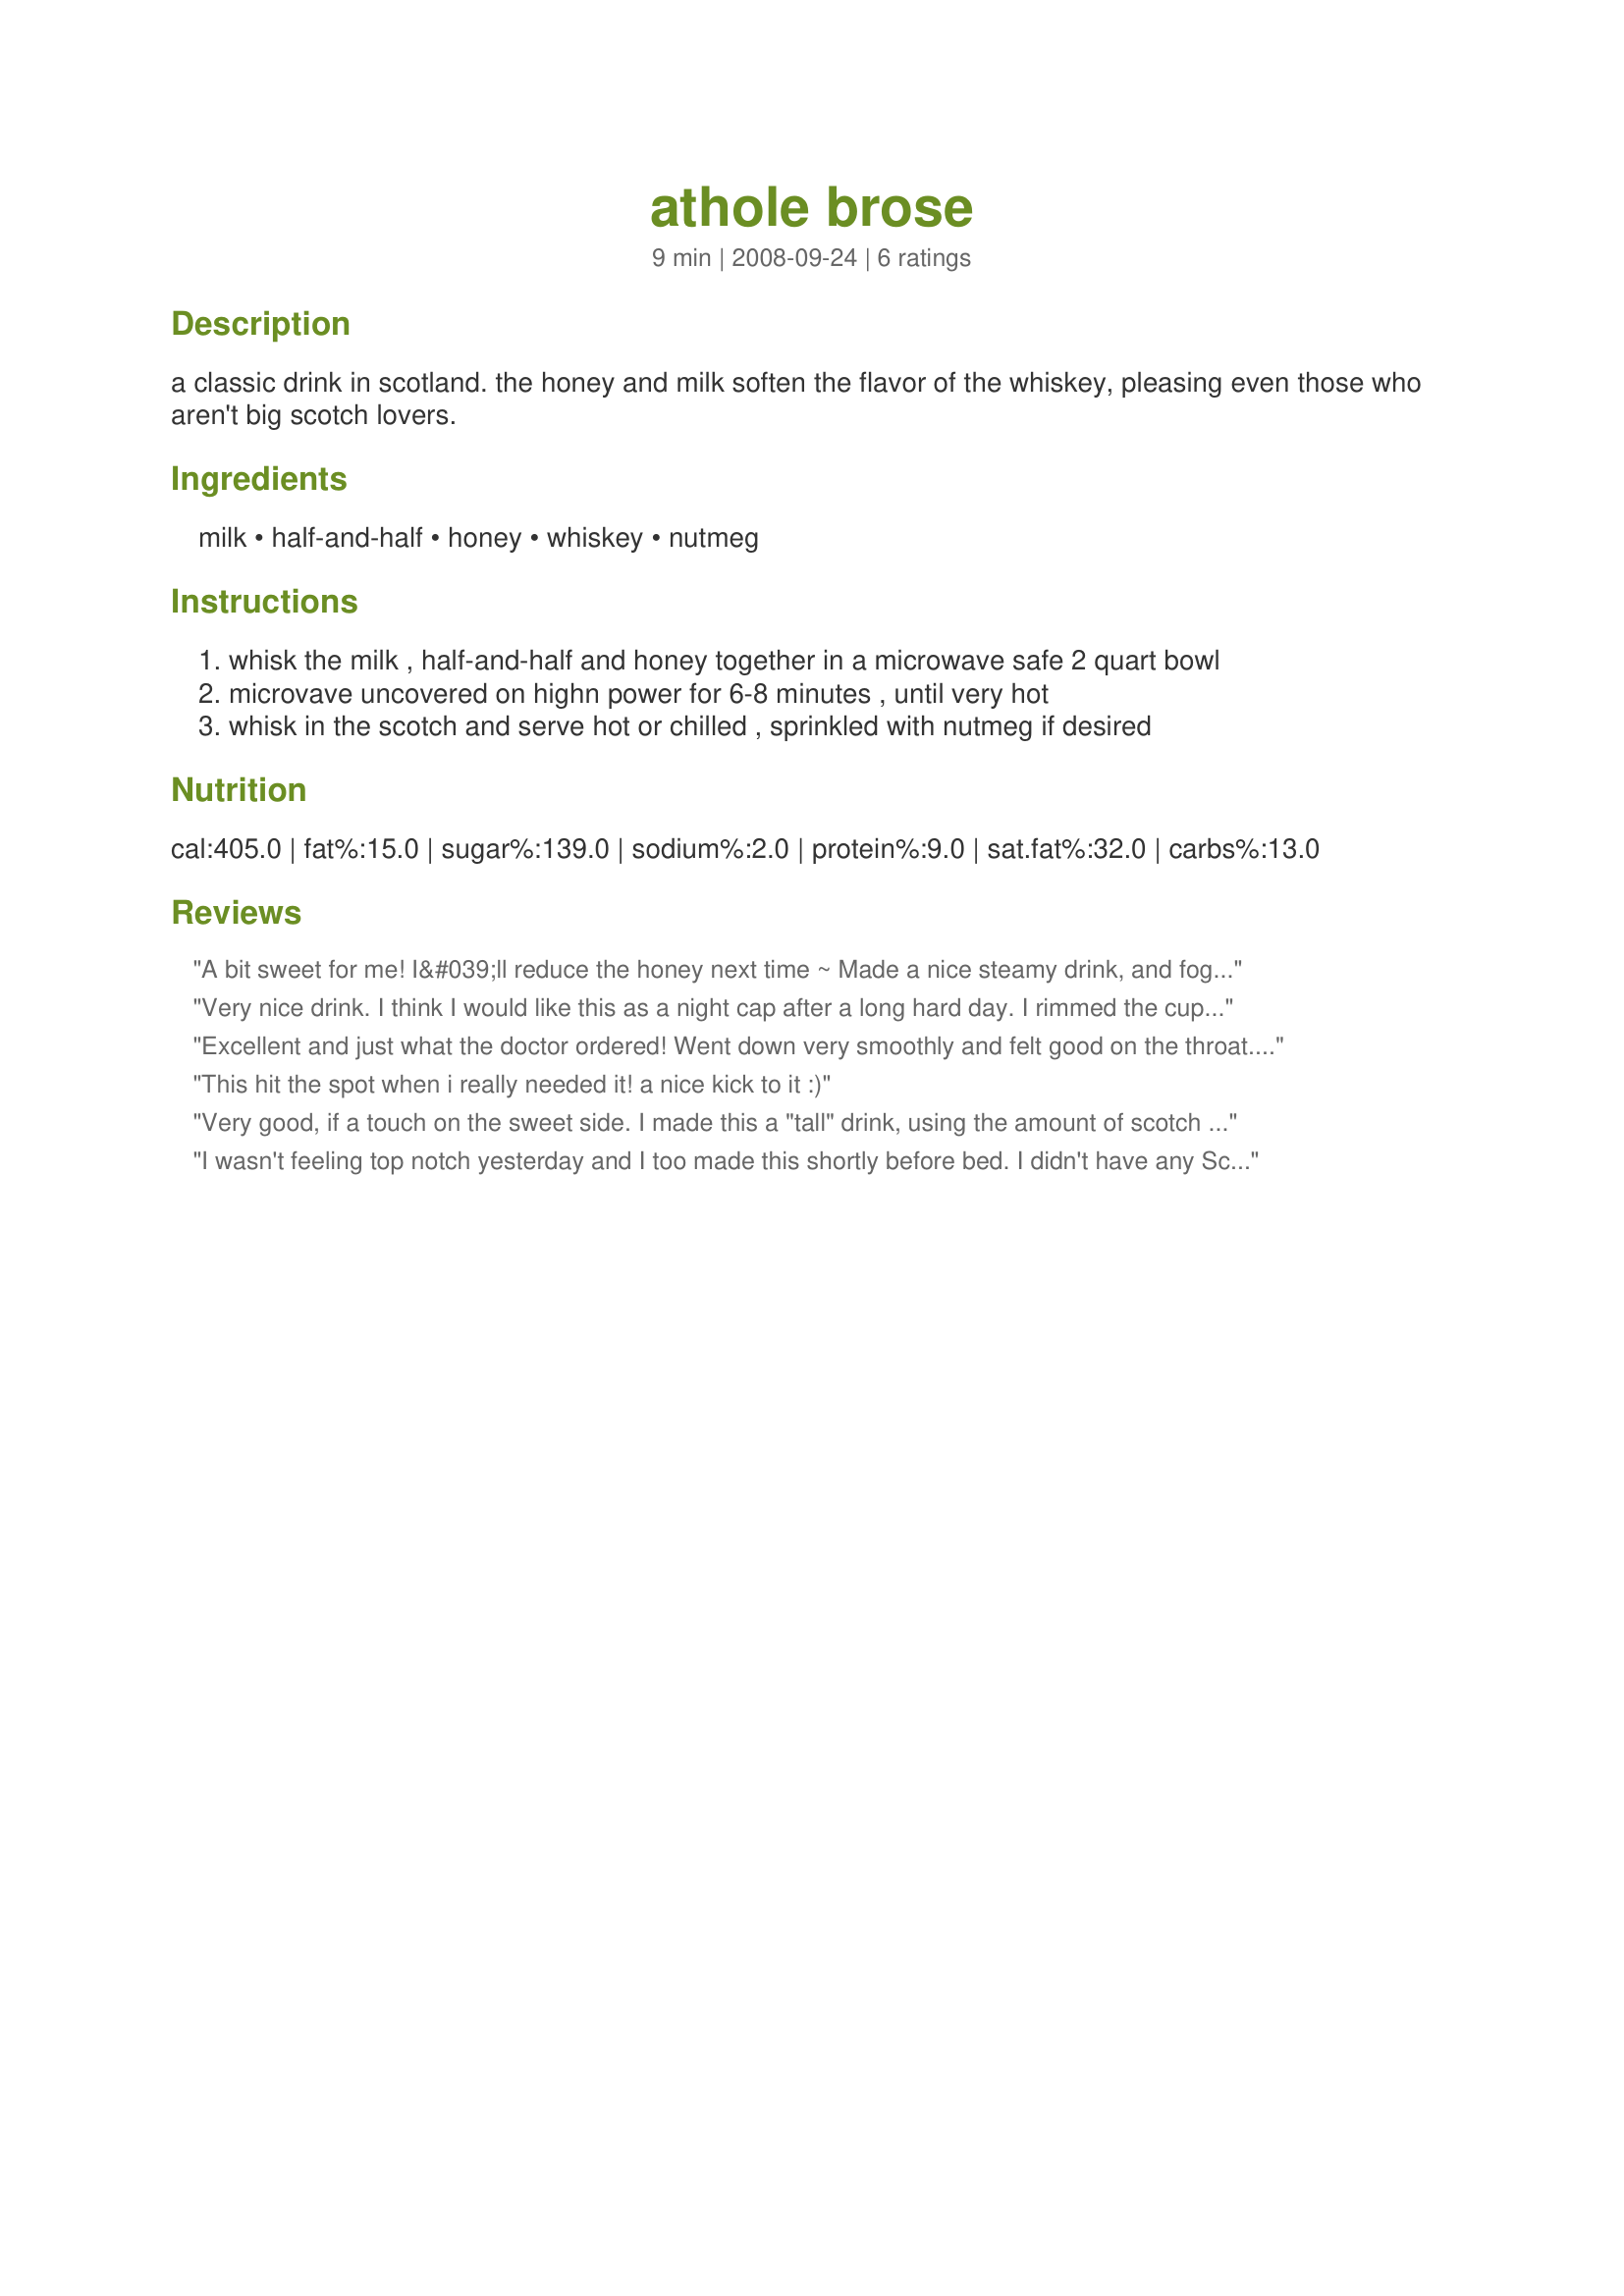
athole brose
Preparation time: 9 minutes

a classic drink in scotland. the honey and milk soften the flavor of the whiskey, pleasing even those who aren't big scotch lovers.

Ingredients:
milk, half-and-half, honey, whiskey, nutmeg

Steps:
whisk the milk , half-and-half and honey together in a microwave safe 2 quart bowl
microvave uncovered on highn power for 6-8 minutes , until very hot
whisk in the scotch and serve hot or chilled , sprinkled with nutmeg if desired

Reviews:
A bit sweet for me! I&#039;ll reduce the honey next time ~ Made a nice steamy drink, and fogged up my snifter in my air conditioned room! Made for Zaar Stars, due September 6th.
Very nice drink. I think I would like this as a night cap after a long hard day.
I rimmed the cup with honey and crushed toasted almonds, just to make it girly ;)
Thanks for sharing
Excellent and just what the doctor ordered! Went down very smoothly and felt good on the throat. The combination of flavors blended together perfectly and made for a wonderful drink. I think I will sleep well tonight.
This hit the spot when i really needed it! a nice kick to it :)
Very good, if a touch on the sweet side. I made this a "tall" drink, using the amount of scotch for 1 drink, and rest of the ingredients for two. It made a nice drink to enjoy on a cold evening, and the hot milk helped relax me before bed. Instead of a 2 quart bowl, I used a plastic 2 cup measure, which was plenty large for half a recipe, and cooked for 2 minutes.
I wasn't feeling top notch yesterday and I too made this shortly before bed. I didn't have any Scotch so used 2 Tbsp (for 1 serving) of Jamison's and 1 Tbsp of honey. It was smooth and quite pleasant and the real plus was a lovely nights sleep. I feel great this morning and well rested. :D
